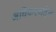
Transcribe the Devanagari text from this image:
अधिकरणदेव